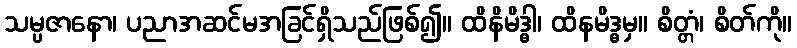
သမ္ပဇာနော၊ ပညာအဆင်မအခြင်ရှိသည်ဖြစ်၍။ ထိနိမိဒ္ဓါ၊ ထိနမိဒ္ဓမှ။ စိတ္တံ၊ စိတ်ကို။